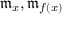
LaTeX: { \mathfrak { m } } _ { x } , { \mathfrak { m } } _ { f ( x ) }